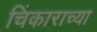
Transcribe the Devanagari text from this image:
चिंकाराच्या